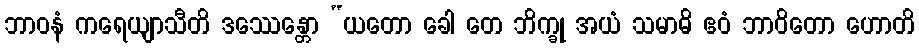
ဘာဝနံ ကရေယျာသီတိ ဒဿေန္တော “ယတော ခေါ တေ ဘိက္ခု အယံ သမာဓိ ဧဝံ ဘာဝိတော ဟောတိ